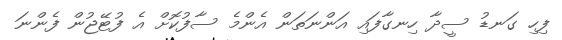
ފިހި ގަނޑު ސީދާ ހިނގާފައި އަންނަތަން އެންމެ ސާފުކޮށް އެ ފުޓޭޖުން ފެންނަ